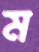
ম